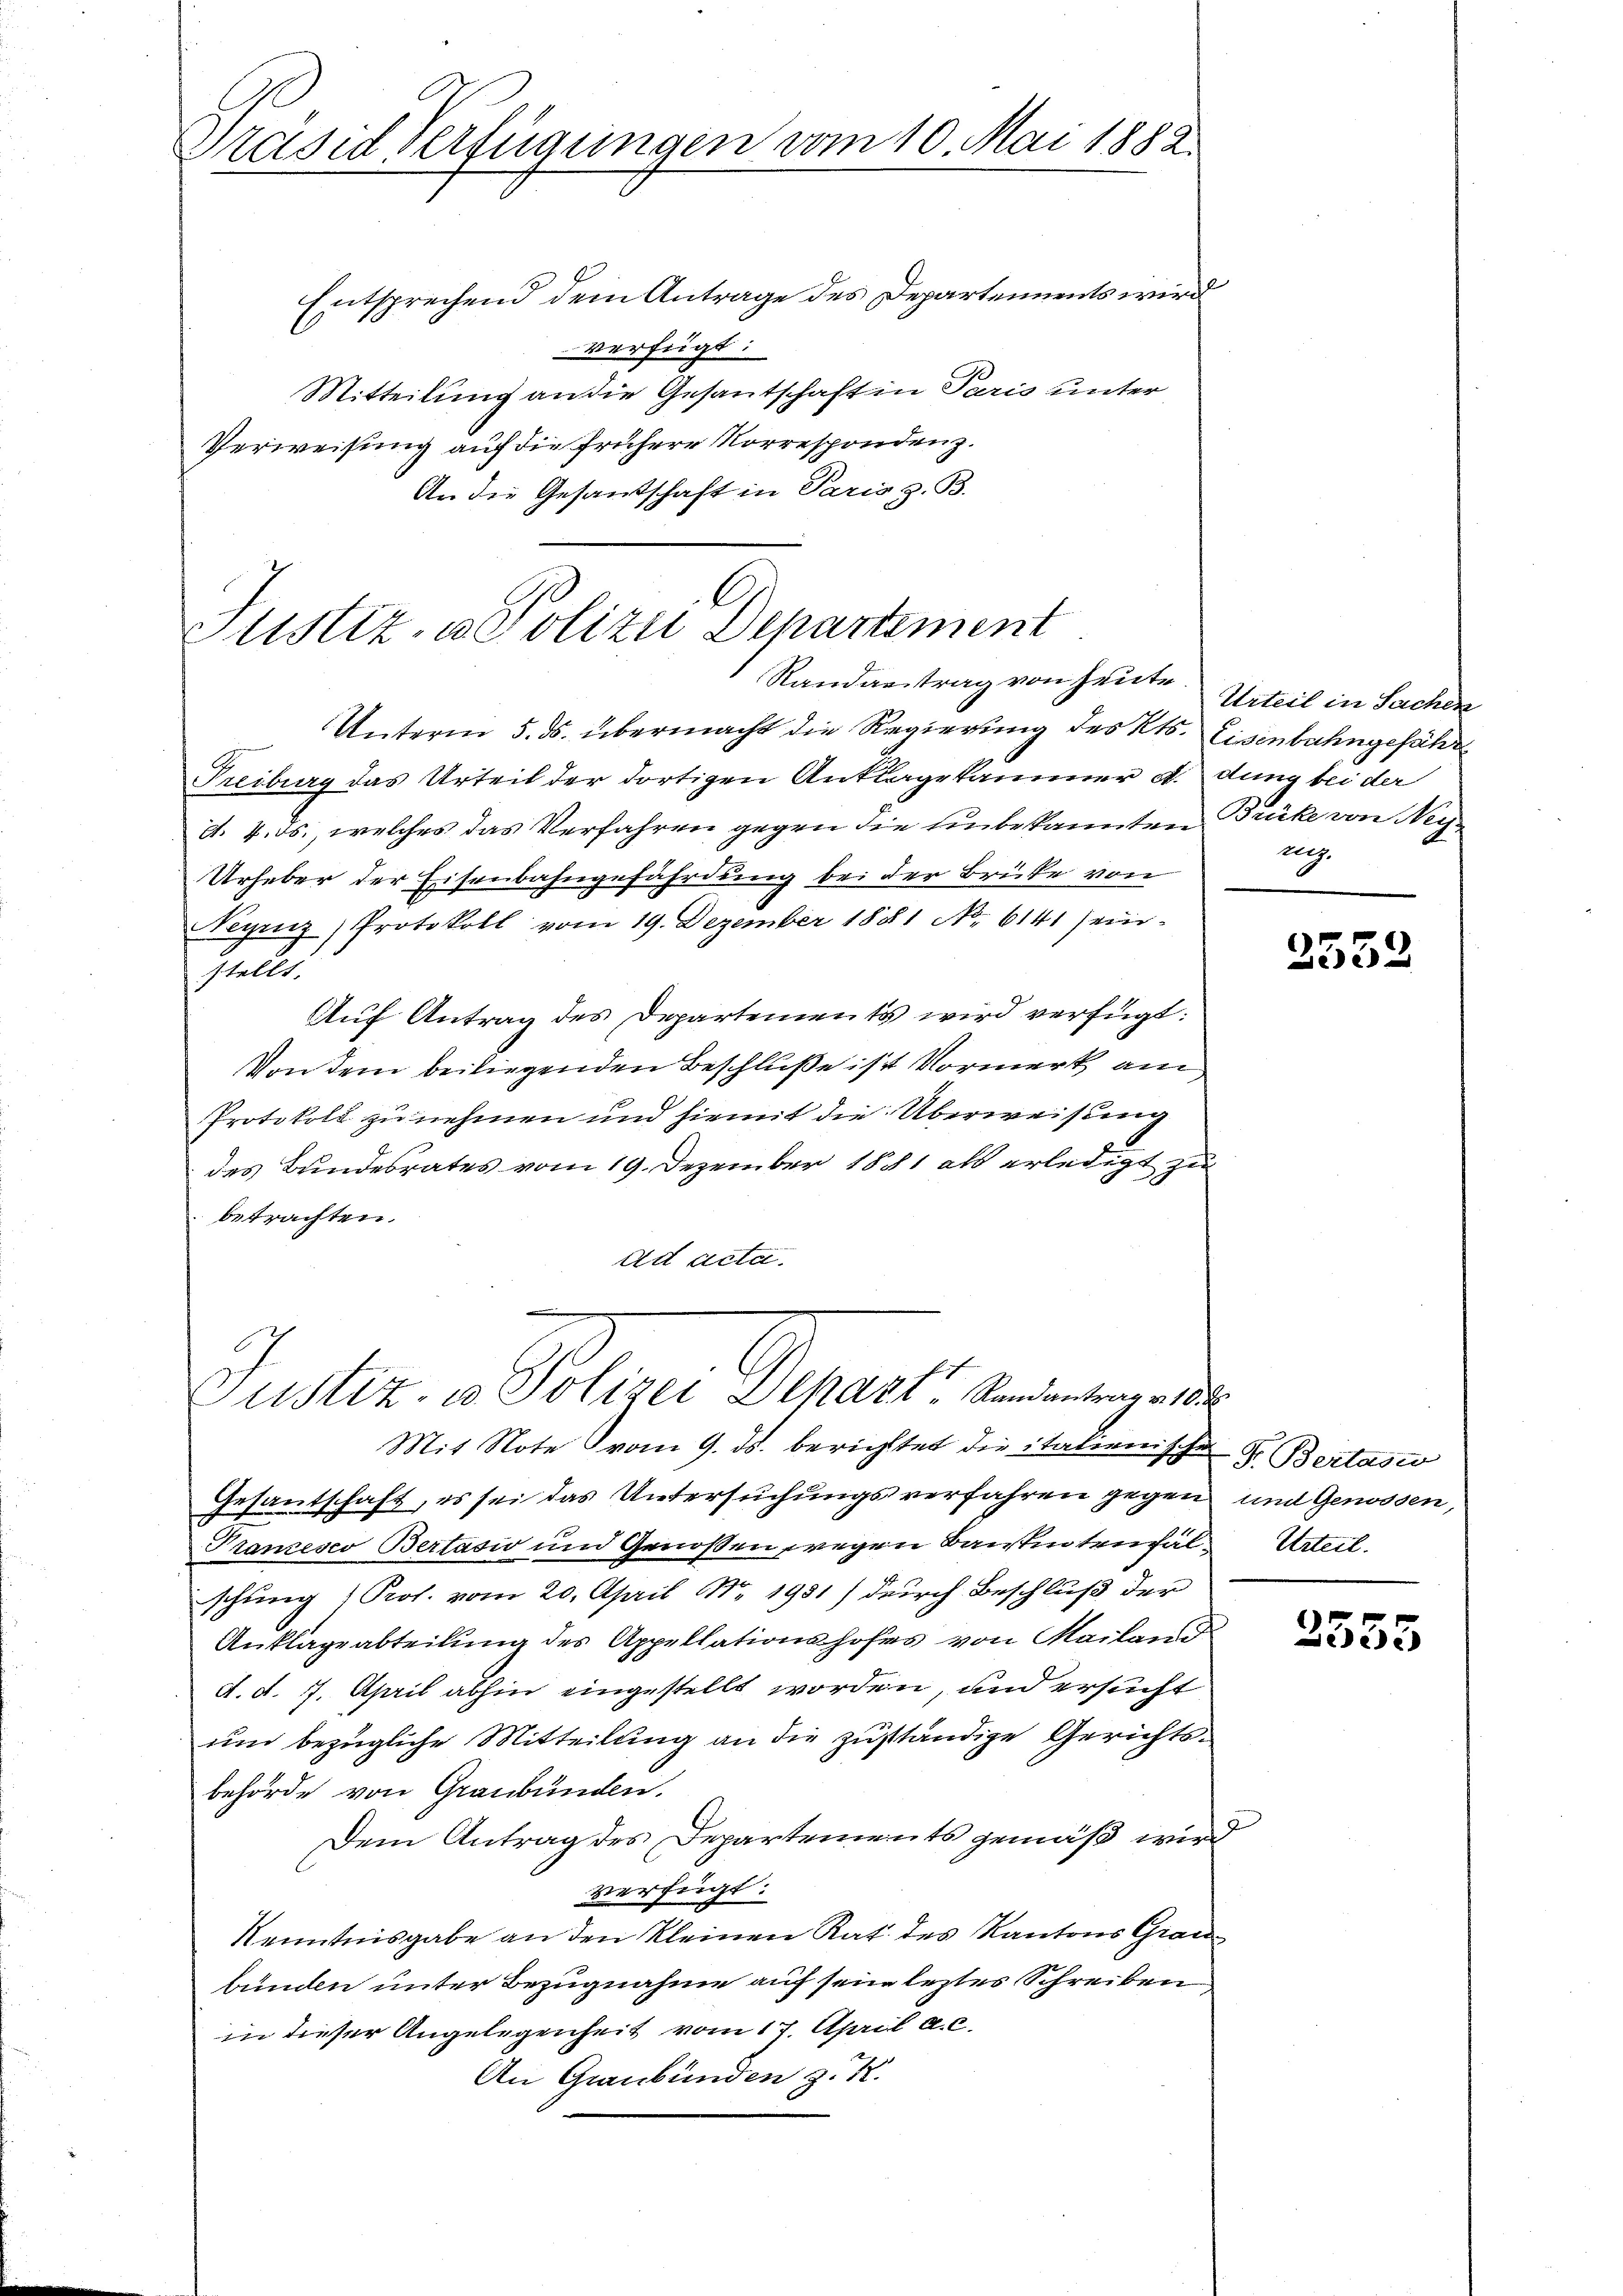
Präsid Verfügungen vom 10. Mai 1882.

Entsprechend dem Antrage des Departements wird
verfügt:
Mitteilung an die Gesantschaft in Paris unter
Verweisung auf die frühere Korrespondenz.
An die Gesandschaft in Paris z. B.

C
Justiz- u. Polizei Departement
Randantrag von heute Urteil in Sachen

Unterm 5. ds. übermacht die Regierung des Kts. Eisenbahngefähr
Freiburg das Urteil der dortigen Anklagekammer d. dung bei der
d. 4. ds., welches das Verfahren gegen die Einbekannten Brücke von Neu¬
Urheber der Eisenbahngefährdung bei der Brücke von
Negenz, Protokoll vom 19. Dezember 1881 No 6141 sein-
stellt.
Aŭf Antrag des Departements wird verfügt:
Von dem beiliegenden Beschluße ist Vormerk am
Protokoll zu nehmen und hiemit die Überweisung
des Bundesrates vom 19. Dezember 1881 als erledigt zu
betrachten.
ad acta.

Justiz- u. Polizei Depart, Sandantrage 18

Mit Note vom 9. ds. berichtet die italienischen Fr. Bertasio
Gesantschaft, es sei das Untersuchungsverfahren gegen und Genossen,
Prancesco Bertasio und Genoßen wegen Baisinteinhälschung " Prof. vom 20. April Nr. 1951) durch Beschluß der
Anklageabteilung des Appellationshofes von Mailand
d. d. 7. April abhin eingestellt worden, und ersucht
und bezügliche Mitteilung an die zuständige Gerichtsbehörde von Graubünden.
Dem Antrag des Departements gemäß wird
verfügt:
Kenntnisgabe an den kleinen Rat des Kantons Grau
bunden unter Bezugnahme auf sein letztes Schreiben
in dieser Angelegenheit vom 17. April a. c.
An Graubünden z. K.

ng.

2532

Urteil.

3535